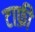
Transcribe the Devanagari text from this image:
टाफ़ी